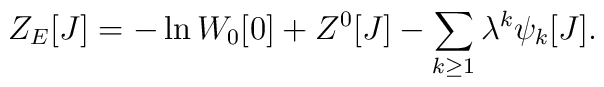
Z_{E}[J]= -\ln W_{0}[0]+ Z^{0}[J] - \sum_{k\geq 1} \lambda^{k} \psi_{k}[J].